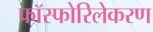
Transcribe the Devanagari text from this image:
फॉस्फोरिलेकरण